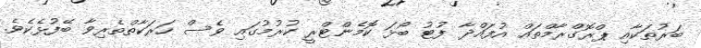
ބަރުތަކާއި ޕްރޮގްރާމްތައް އުފައްދާ ފުޓު ބޯޅަ ކޮމެންޓްރީ ކުރުމުގައި ވެސް ހަރަކާތްތެރިވާ ބޭފުޅެކެވެ.